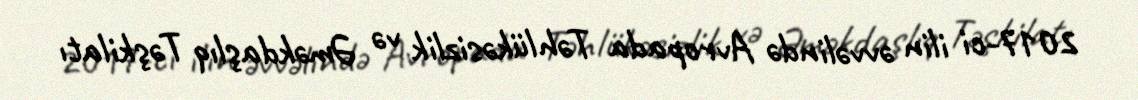
2017-ci ilin əvvəlində Avropada Təhlükəsizlik və Əməkdaşlıq Təşkilatı